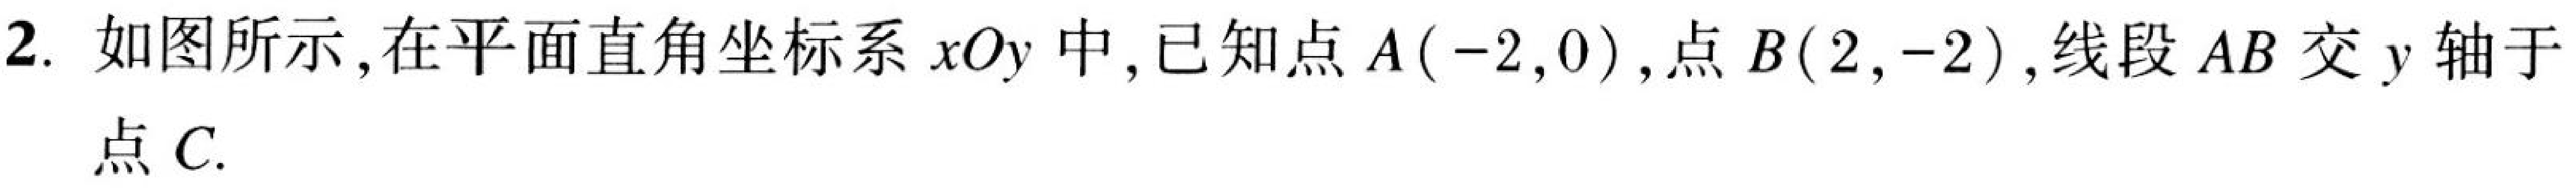
2. 如图所示,在平面直角坐标系$xOy$中,已知点$A(-2,0)$,点$B(2,-2)$,线段$AB$交$y$轴于点$C$.